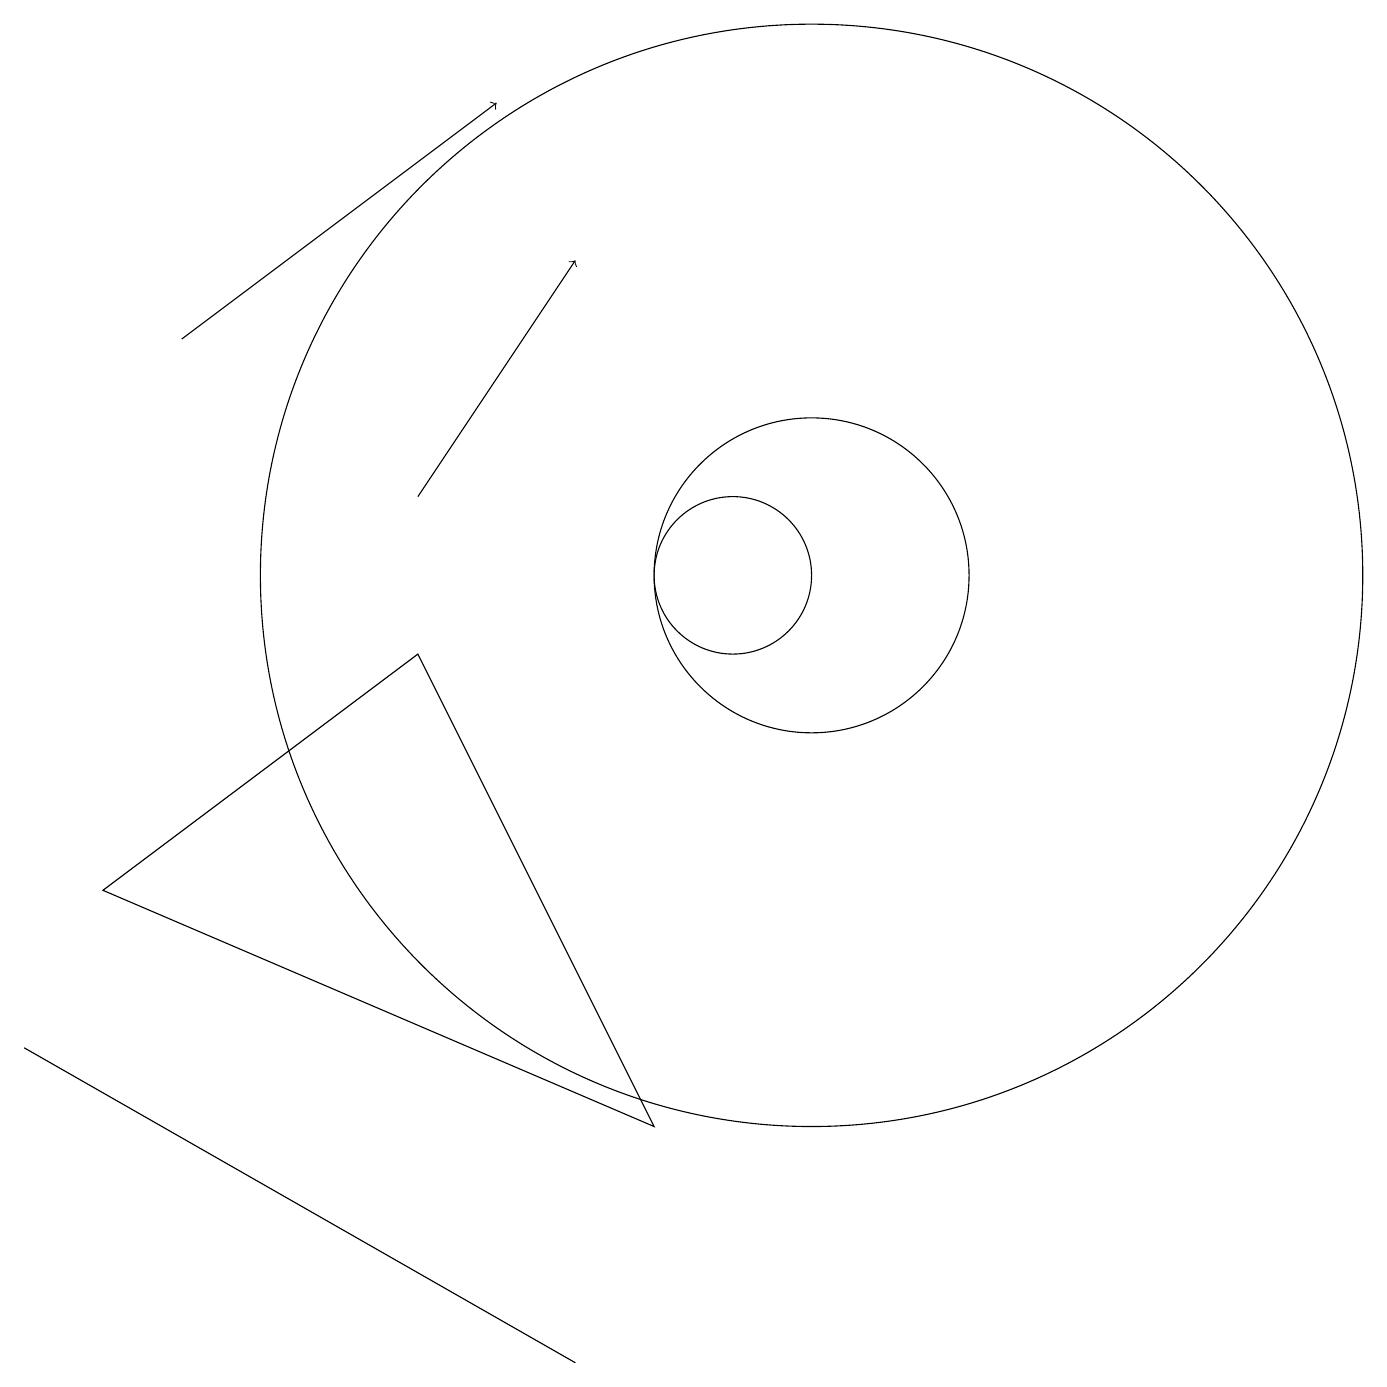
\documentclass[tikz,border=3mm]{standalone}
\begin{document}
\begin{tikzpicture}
\draw[->] (6,11) -- (8,14);
\draw (11,10) circle (7);
\draw (8,0) -- (1,4) -- (1,4) -- cycle;
\draw (2,6) -- (6,9) -- (9,3) -- cycle;
\draw (10,10) circle (1);
\draw (11,10) circle (2);
\draw[->] (3,13) -- (7,16);
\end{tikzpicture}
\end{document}